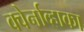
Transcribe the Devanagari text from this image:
क्वेर्नाव्हाका